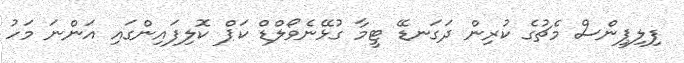
ފިލިޕީންސް މެޗުގެ ކުރިން ދަގަނޑޭ ޓީމާ ގުޅޭނެވޯލްޑް ކަޕް ކޮލިފައިންގައި އަންނަ މަހު